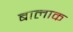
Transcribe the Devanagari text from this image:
बालाक